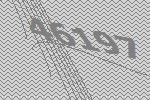
46197